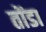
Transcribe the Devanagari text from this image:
तोंडा